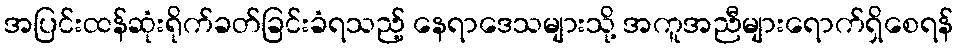
အပြင်းထန်ဆုံးရိုက်ခတ်ခြင်းခံရသည့် နေရာဒေသများသို့ အကူအညီများရောက်ရှိစေရန်